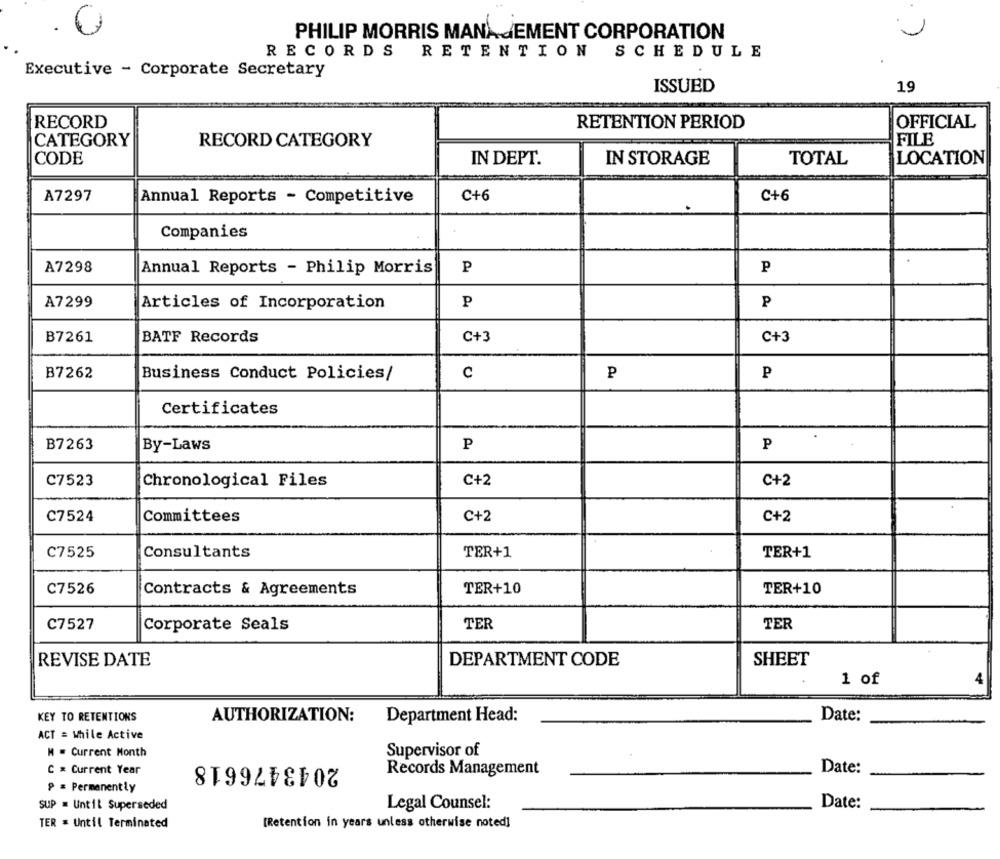
PHILIP MORRIS MANAGEMENT CORPORATION
RECORDS RETENTION SCHEDULE
Executive - Corporate Secretary
19
ISSUED
RECORD
RETENTION PERIOD
OFFICIAL
CATEGORY
RECORD CATEGORY
FILE
CODE
IN DEPT.
IN STORAGE
TOTAL
LOCATION
A7297
Annual Reports - Competitive
C+6
C+6
Companies
A7298
Annual Reports - Philip Morris
P
P
A7299
Articles of Incorporation
P
P
B7261
BATF Records
C+3
C+3
B7262
Business Conduct Policies/
C
₽
P
Certificates
B7263
By-Laws
P
P
C7523
Chronological Files
C+2
C+2
Committees
C+2
C7524
C+2
C7525
Consultants
TER+1
TER+1
C7526
Contracts & Agreements
TER+10
TER+10
C7527
Corporate Seals
TER
TER
REVISE DATE
DEPARTMENT CODE
SHEET
1 of
KEY TO RETENTIONS
AUTHORIZATION:
Department Head:
Date:
ACT = While Active
M = Current Month
2043476618
Supervisor of
C & Current Year
Records Management
Date:
P = Permanently
SUP = Until Superseded
Legal Counsel:
Date:
TER * Until Terminated
[Retention in years unless otherwise noted]